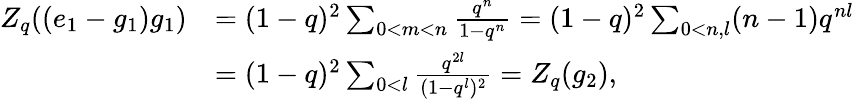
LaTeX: \begin{array}{rl}{Z_{q}((e_{1}-g_{1})g_{1})}&{=(1-q)^{2}\sum_{0<m<n}\frac{q^{n}}{1-q^{n}}=(1-q)^{2}\sum_{0<n,l}(n-1)q^{nl}}\\ &{=(1-q)^{2}\sum_{0<l}\frac{q^{2l}}{(1-q^{l})^{2}}=Z_{q}(g_{2}),}\end{array}